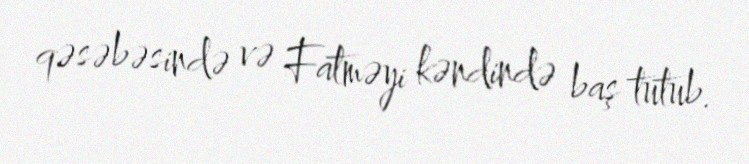
qəsəbəsində və Fatməyi kəndində baş tutub.